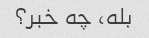
بله، چه خبر؟